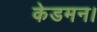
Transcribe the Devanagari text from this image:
केडमन।